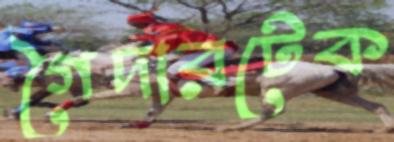
গৈদারটেক